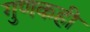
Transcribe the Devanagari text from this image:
गुणकही